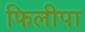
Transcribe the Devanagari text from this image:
फिलीपा